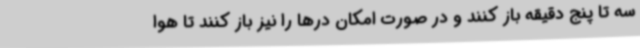
سه تا پنج دقیقه باز کنند و در صورت امکان درها را نیز باز کنند تا هوا